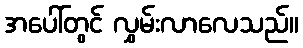
အပေါ်တွင် လွှမ်းလာလေသည်။